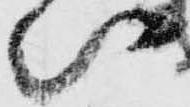
い